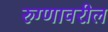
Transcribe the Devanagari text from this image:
रुग्णावरील